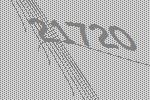
21720